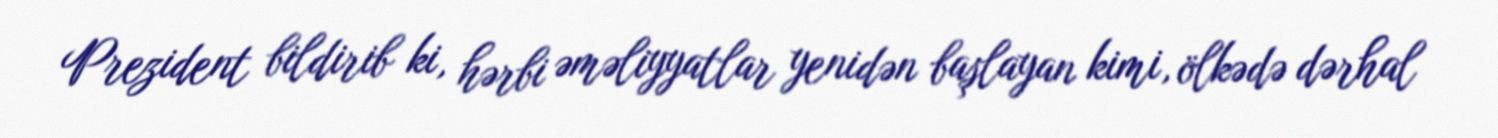
Prezident bildirib ki, hərbi əməliyyatlar yenidən başlayan kimi, ölkədə dərhal